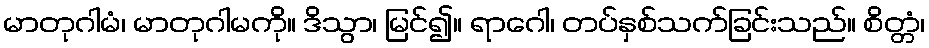
မာတုဂါမံ၊ မာတုဂါမကို။ ဒိသွာ၊ မြင်၍။ ရာဂေါ၊ တပ်နှစ်သက်ခြင်းသည်။ စိတ္တံ၊